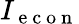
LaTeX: I_{\mathrm{~e~c~o~n~}}